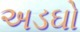
અડઘો